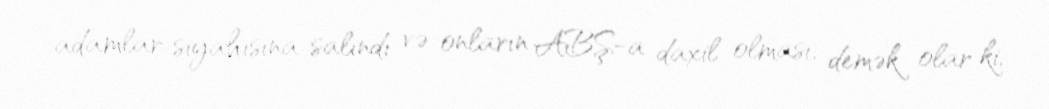
adamlar siyahısına salındı və onların ABŞ-a daxil olması, demək olar ki,